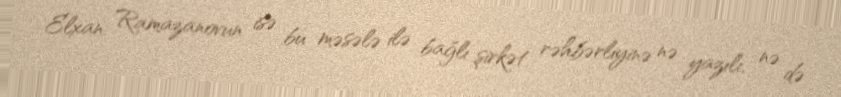
Elxan Ramazanovun isə bu məsələ ilə bağlı şirkət rəhbərliyinə nə yazılı, nə də